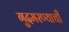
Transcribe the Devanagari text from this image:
गुदमरण्याची